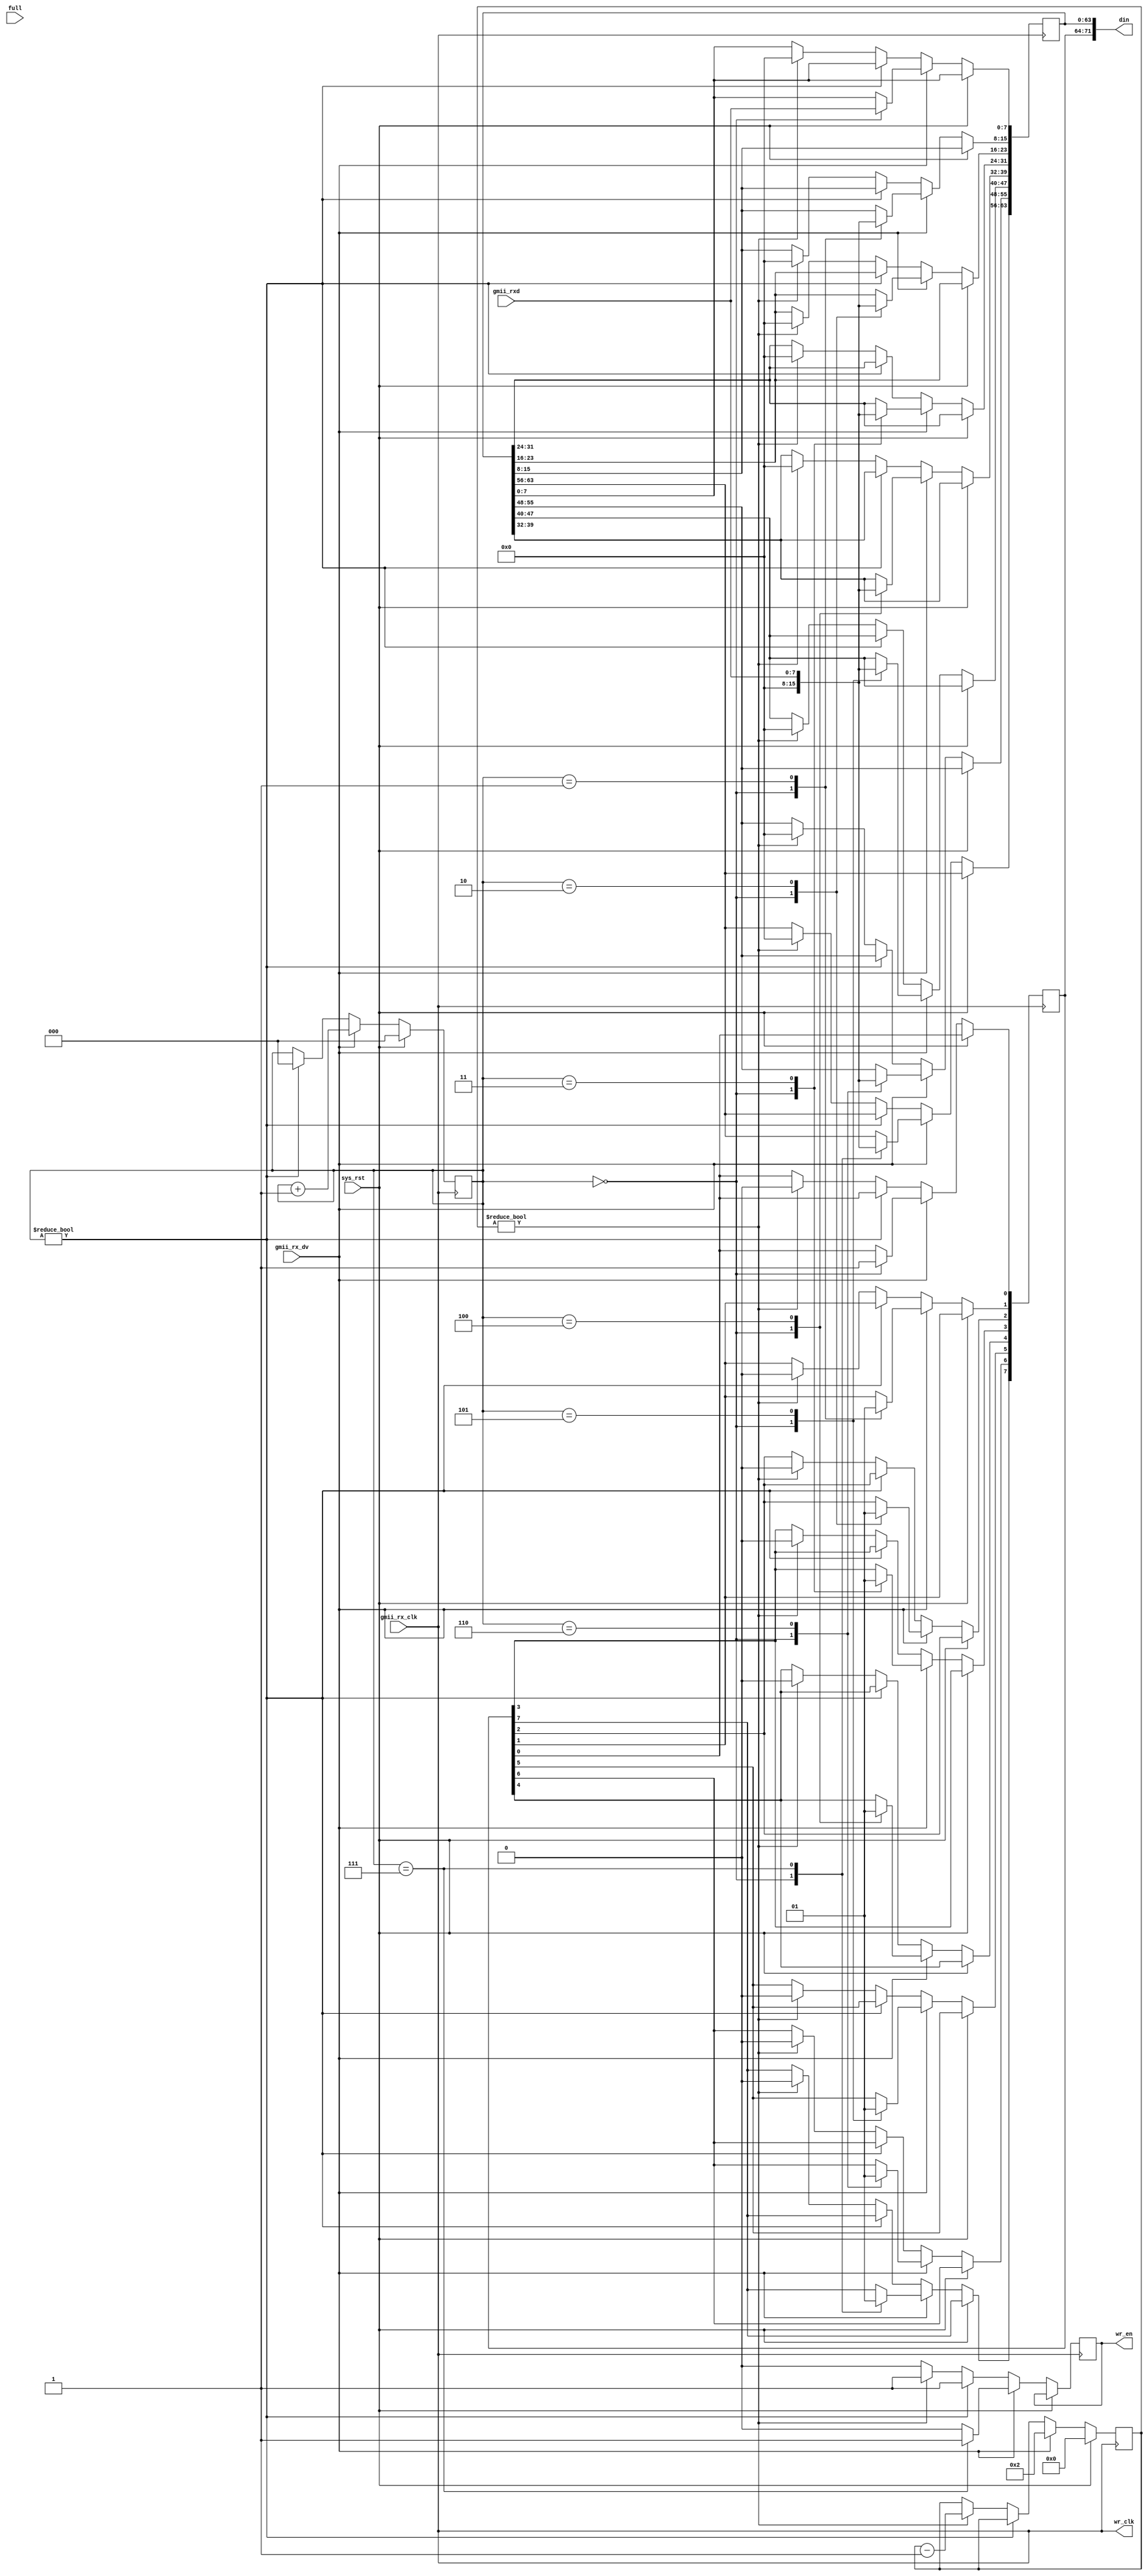
module gmii2fifo72 # (
	parameter Gap = 4'h2
) (
	input         sys_rst,
	input         gmii_rx_clk,
	input         gmii_rx_dv,
	input  [7:0]  gmii_rxd,
	// FIFO
	output [71:0] din,
	input         full,
        output reg    wr_en,
	output        wr_clk
);

assign wr_clk = gmii_rx_clk;

//-----------------------------------
// logic
//-----------------------------------
reg [2:0] count = 3'h0;
reg [63:0] rxd = 64'h00;
reg [7:0] rxc = 8'h0;
reg [3:0] gap_count = 4'h0;
always @(posedge gmii_rx_clk) begin
	if (sys_rst) begin
		count <= 3'h0;
		gap_count <= 4'h0;
	end else begin
                wr_en <= 1'b0;
		if (gmii_rx_dv == 1'b1) begin
			count <= count + 3'h1;
			gap_count <= Gap;
			case (count)
				3'h0: begin
					rxd[63: 0] <= {56'h0, gmii_rxd[7:0]};
					rxc[7:0]   <= 8'b00000001;
				end
				3'h1: begin
					rxd[15: 8] <= gmii_rxd[7:0];
					rxc[1]     <= 1'b1;
				end
				3'h2: begin
					rxd[23:16] <= gmii_rxd[7:0];
					rxc[2]     <= 1'b1;
				end
				3'h3: begin
					rxd[31:24] <= gmii_rxd[7:0];
					rxc[3]     <= 1'b1;
				end
				3'h4: begin
					rxd[39:32] <= gmii_rxd[7:0];
					rxc[4]     <= 1'b1;
				end
				3'h5: begin
					rxd[47:40] <= gmii_rxd[7:0];
					rxc[5]     <= 1'b1;
				end
				3'h6: begin
					rxd[55:48] <= gmii_rxd[7:0];
					rxc[6]     <= 1'b1;
				end
				3'h7: begin
					rxd[63:56] <= gmii_rxd[7:0];
					rxc[7]     <= 1'b1;
                			wr_en <= 1'b1;
				end
			endcase
		end else begin
			if (count != 3'h0) begin
                		wr_en <= 1'b1;
				count <= 3'h0;
			end else if (gap_count != 4'h0) begin
				rxd[63: 0] <= 64'h0;
				rxc[7:0]   <= 8'h0;
                		wr_en <= 1'b1;
				gap_count <= gap_count - 4'h1;
			end
		end
	end
end

assign din[71:0] = {rxc[7:0], rxd[63:0]};

endmodule